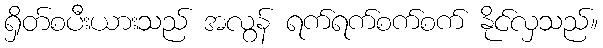
ရှိတ်စပီးယားသည် အလွန် ရက်ရက်စက်စက် နိုင်လှသည်။